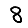
Digit: 8